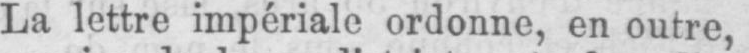
La lettre impériale ordonne, en outre,